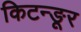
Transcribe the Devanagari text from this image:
किटन्ङूर